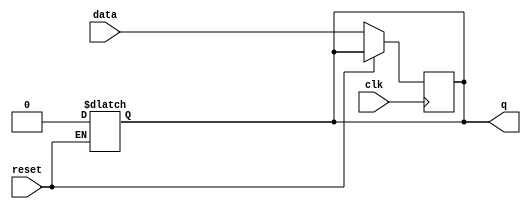
module async_reset_ff (
    input wire reset,         // Asynchronous reset (active high)
    input wire clk,          // Clock signal
    input wire data,         // Data/Input signal
    output reg q             // Output/Stored state
);

// Asynchronous reset functionality
always @(*) begin
    if (reset) begin
        q <= 1'b0;           // Set output to 0 if reset is asserted
    end
end

// Synchronous update on rising clock edge
always @(posedge clk) begin
    if (!reset) begin
        q <= data;          // Update output with data on clock edge if reset is not asserted
    end
end

endmodule